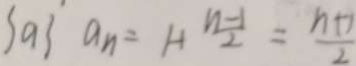
\{ a \} a _ { n } = H \frac { n - 1 } { 2 } = \frac { n + 1 } { 2 }